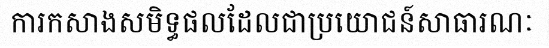
ការកសាងសមិទ្ធផលដែលជាប្រយោជន៍សាធារណៈ